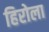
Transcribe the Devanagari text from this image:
हिरोला